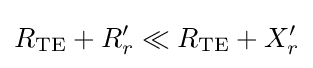
R_{\text{TE}}+R_{r}'\ll R_{\text{TE}}+X_{r}'